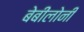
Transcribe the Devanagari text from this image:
बेबींलोनी